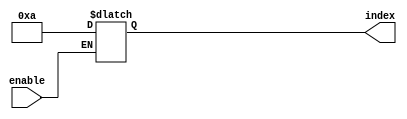
module Generate_For_Loop #(
    parameter COUNT = 10,
    parameter STEP = 1
) (
    input wire enable,
    output reg [31:0] index
);

always @(*) begin
    if(enable) begin
        for (index = 0; index < COUNT; index = index + STEP) begin
            // Perform operations within the loop body
            $display("Index = %d", index);
            
            // Add any additional statements or operations here
        end
    end
end

endmodule